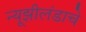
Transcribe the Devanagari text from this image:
न्यूझीलंडाचे